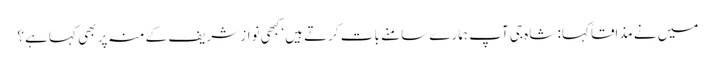
میں نے مذاقاً کہا: شاہ جی آپ ہمارے سامنے بات کرتے ہیں‘ کبھی نواز شریف کے منہ پر بھی کہا ہے؟